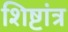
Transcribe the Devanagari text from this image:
शिष्टांत्र